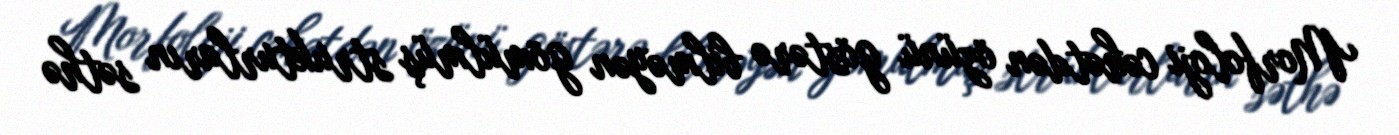
Morfoloji cəhətdən özünü göstərə bilməyən gömülmüş strukturların səthə